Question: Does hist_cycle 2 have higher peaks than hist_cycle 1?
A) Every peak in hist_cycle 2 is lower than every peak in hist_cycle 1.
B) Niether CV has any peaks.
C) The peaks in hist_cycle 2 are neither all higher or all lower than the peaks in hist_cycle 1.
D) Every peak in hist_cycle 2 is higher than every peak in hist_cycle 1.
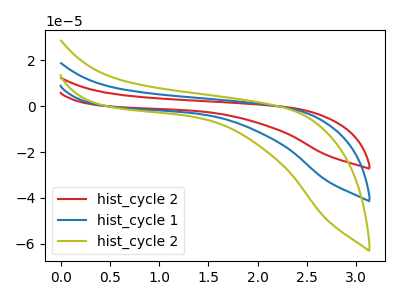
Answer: <think>The red curve "hist_cycle 2" has no peaks. The blue curve "hist_cycle 1" has no peaks. The olive curve "hist_cycle 2" has no peaks.</think>
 <answer>B) Niether CV has any peaks.</answer>
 <eval>B</eval>